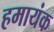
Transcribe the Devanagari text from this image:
हमायंक